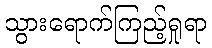
သွားရောက်ကြည့်ရှုရာ